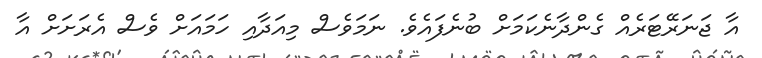
އާ ޖަނަރޭޓަރެއް ގެންދާނެކަމަށް ބުނެފައެވެ. ނަމަވެސް މިއަދާއި ހަމައަށް ވެސް އެރަށަށް އާ